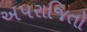
અપરાજિતો